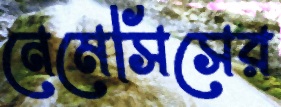
নেমেসিসের